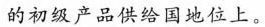
的初级产品供给国地位上。